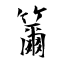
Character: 籋